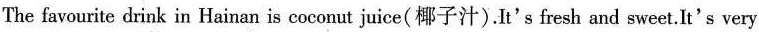
The favourite drink in Hainan is coconut juice(椰子汁).It's fresh and sweet.It's very